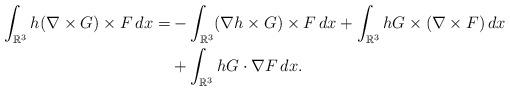
LaTeX: \begin{align*}\int_{\mathbb R^3} h(\nabla \times G)\times F\,dx=&-\int_{\mathbb R^3} (\nabla h \times G)\times F\,dx+\int_{\mathbb R^3} h G \times (\nabla \times F)\,dx\\&+\int_{\mathbb R^3} h G \cdot \nabla F\,dx.\end{align*}